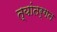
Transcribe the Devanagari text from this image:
त्यांतर्गत